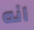
انه